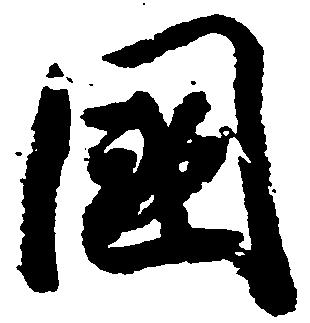
国